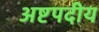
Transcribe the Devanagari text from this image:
अष्टपदीय